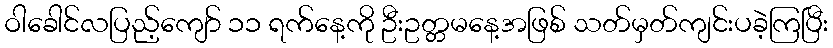
ဝါခေါင်လပြည့်ကျော် ၁၁ ရက်နေ့ကို ဦးဥတ္တမနေ့အဖြစ် သတ်မှတ်ကျင်းပခဲ့ကြပြီး